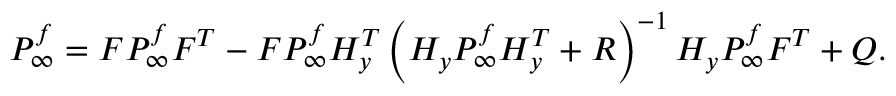
P _ { \infty } ^ { f } = F P _ { \infty } ^ { f } F ^ { T } - F P _ { \infty } ^ { f } H _ { y } ^ { T } \left( H _ { y } P _ { \infty } ^ { f } H _ { y } ^ { T } + R \right) ^ { - 1 } H _ { y } P _ { \infty } ^ { f } F ^ { T } + Q .